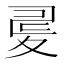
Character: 𡕪